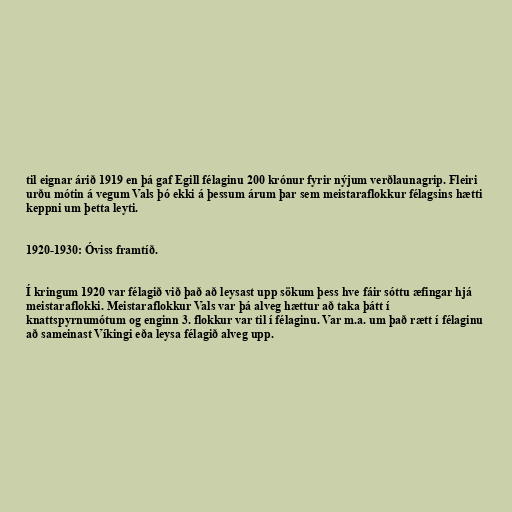
til eignar árið 1919 en þá gaf Egill félaginu 200 krónur fyrir nýjum verðlaunagrip. Fleiri
urðu mótin á vegum Vals þó ekki á þessum árum þar sem meistaraflokkur félagsins hætti
keppni um þetta leyti.

1920-1930: Óviss framtíð.

Í kringum 1920 var félagið við það að leysast upp sökum þess hve fáir sóttu æfingar hjá
meistaraflokki. Meistaraflokkur Vals var þá alveg hættur að taka þátt í
knattspyrnumótum og enginn 3. flokkur var til í félaginu. Var m.a. um það rætt í félaginu
að sameinast Víkingi eða leysa félagið alveg upp.